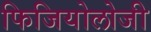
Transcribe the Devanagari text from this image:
फिजियोलोजी